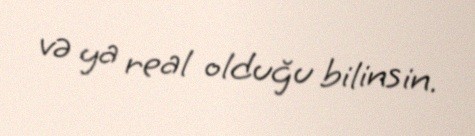
və ya real olduğu bilinsin.